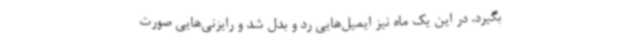
بگیرد. در این یک ماه نیز ایمیل‌هایی رد و بدل شد و رایزنی‌هایی صورت